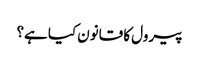
پیرول کا قانون کیا ہے؟